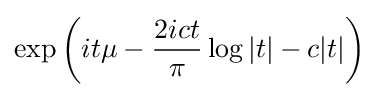
\exp \left(it\mu -{\frac {2ict}{\pi }}\log |t|-c|t|\right)